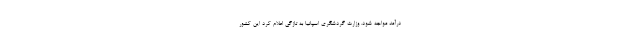
درآمد مواجه شود. وزارت گردشگری اسپانیا به تازگی اعلام کرد این کشور